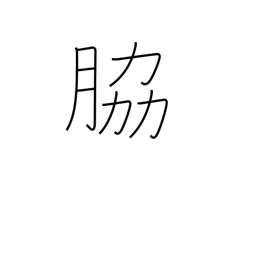
Meaning: supporting role